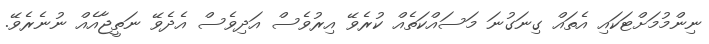
ނިންމުމަށްޓަކައި އެތައް ގިނަގުނަ މަސައްކަތެއް ކުރެވޭ އިރުވެސް އަދިވެސް އެދެވޭ ނަތީޖާއެއް ނުނެރެވޭ.